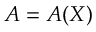
\ensuremath { \boldsymbol { A } } = \ensuremath { \boldsymbol { A } } ( \ensuremath { \boldsymbol { X } } )